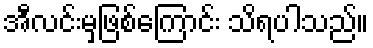
အီလင်းမှဖြစ်ကြောင်း သိရပါသည်။